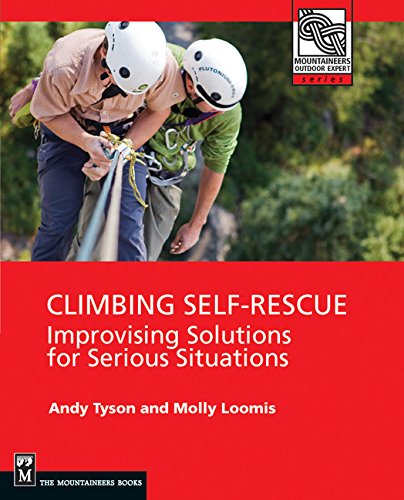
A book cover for Climbing Self Rescue: Improvising Solutions for Serious Situations (Mountaineers Outdoor Expert); Andy Tyson; Sports & Outdoors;